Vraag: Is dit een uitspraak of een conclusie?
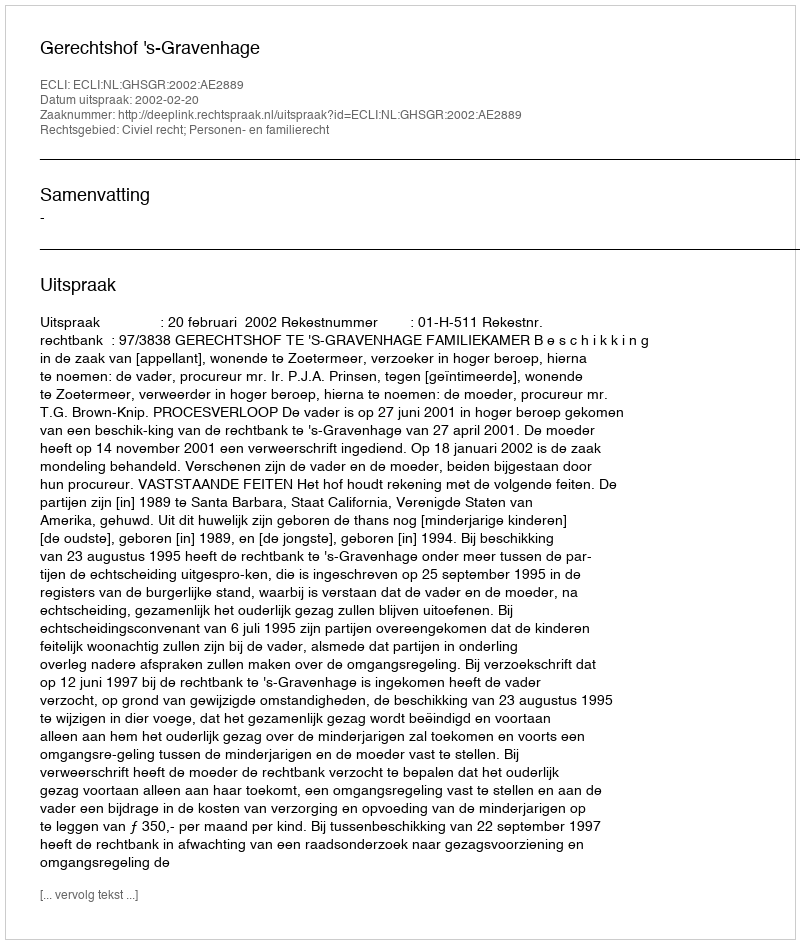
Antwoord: Uitspraak